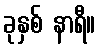
ခုနှစ် နာရီ။